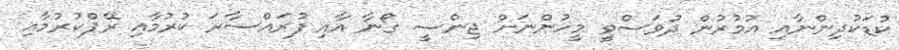
ކުޑަކުދިންނާއި އުމުރުން ދުވަސްވީ މީހުންނަށް ޖިންސީ ގޯނާ އާއި ފުރައްސާރަ ކުރުމާއި ރޭޕްކުރުމާއި